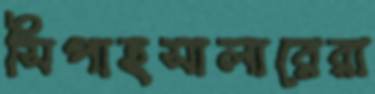
সিপাহসালারেরা